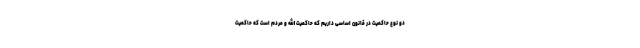
دو نوع حاکمیت در قانون اساسی داریم که حاکمیت الله و مردم است که حاکمیت